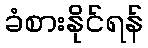
ခံစားနိုင်ရန်